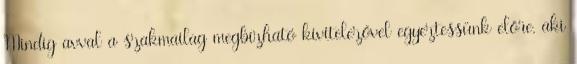
Mindig avval a szakmailag megbízható kivitelezővel egyeztessünk előre, aki